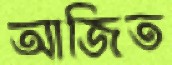
আজিত